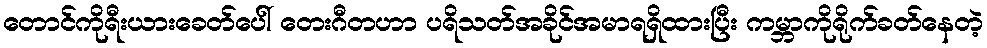
တောင်ကိုရီးယားခေတ်ပေါ် တေးဂီတဟာ ပရိသတ်အခိုင်အမာရရှိထားပြီး ကမ္ဘာကိုရိုက်ခတ်နေတဲ့